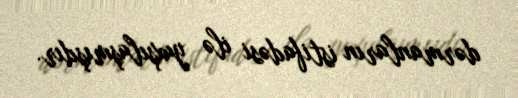
dərmanların istifadəsi ilə yaxşılaşmışdır.